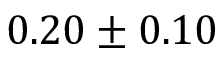
0 . 2 0 \pm 0 . 1 0